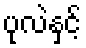
ပုလဲနှင့်